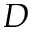
D